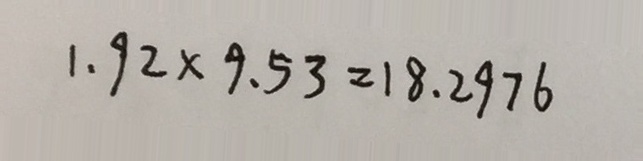
1 . 9 2 \times 9 . 5 3 = 1 8 . 2 9 7 6